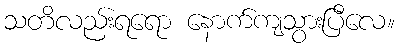
သတိလည်းရရော နောက်ကျသွားပြီလေ။